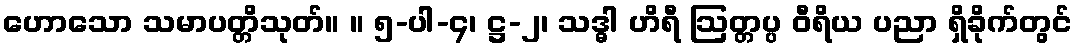
ဟောသော သမာပတ္တိသုတ်။ ။ ၅-ပါ-၄၊ ဋ္ဌ-၂၊ သဒ္ဓါ ဟိရီ ဩတ္တပ္ပ ဝီရိယ ပညာ ရှိခိုက်တွင်